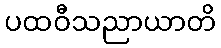
ပထဝီသညာယာတိ